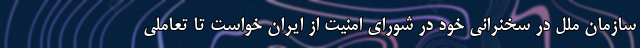
سازمان ملل در سخنرانی خود در شورای امنیت از ایران خواست تا تعاملی